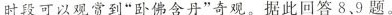
时段可以观赏到“卧佛含丹”奇观。据此回答8、9题。